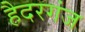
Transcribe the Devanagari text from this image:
हैदरगंज